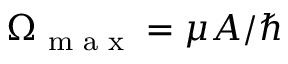
\Omega _ { \textrm { m a x } } = \mu A / \hbar